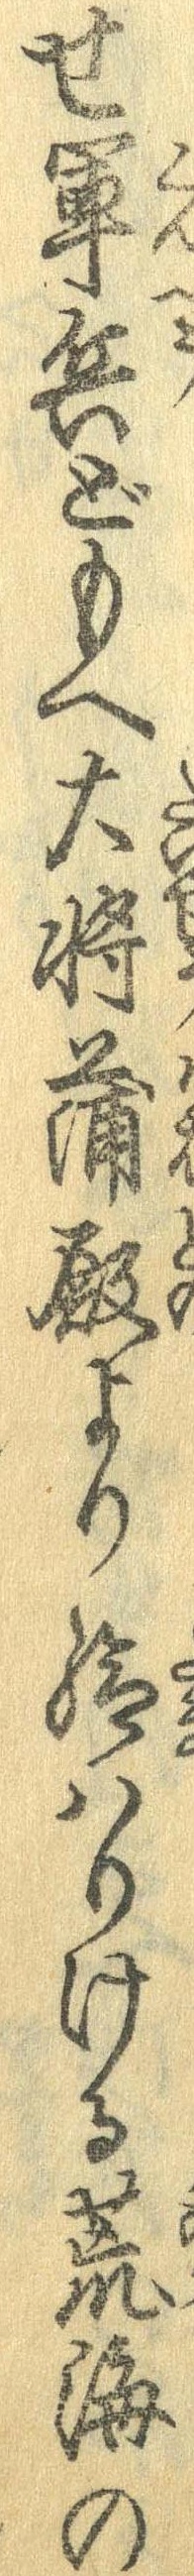
せ軍兵どもへ大将蒲殿より給はりける荒海の